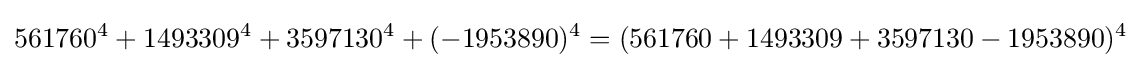
561760^{4}+1493309^{4}+3597130^{4}+(-1953890)^{4}=(561760+1493309+3597130-1953890)^{4}